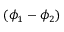
( \phi _ { 1 } - \phi _ { 2 } )